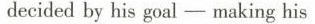
decided by his goal -mtaking his